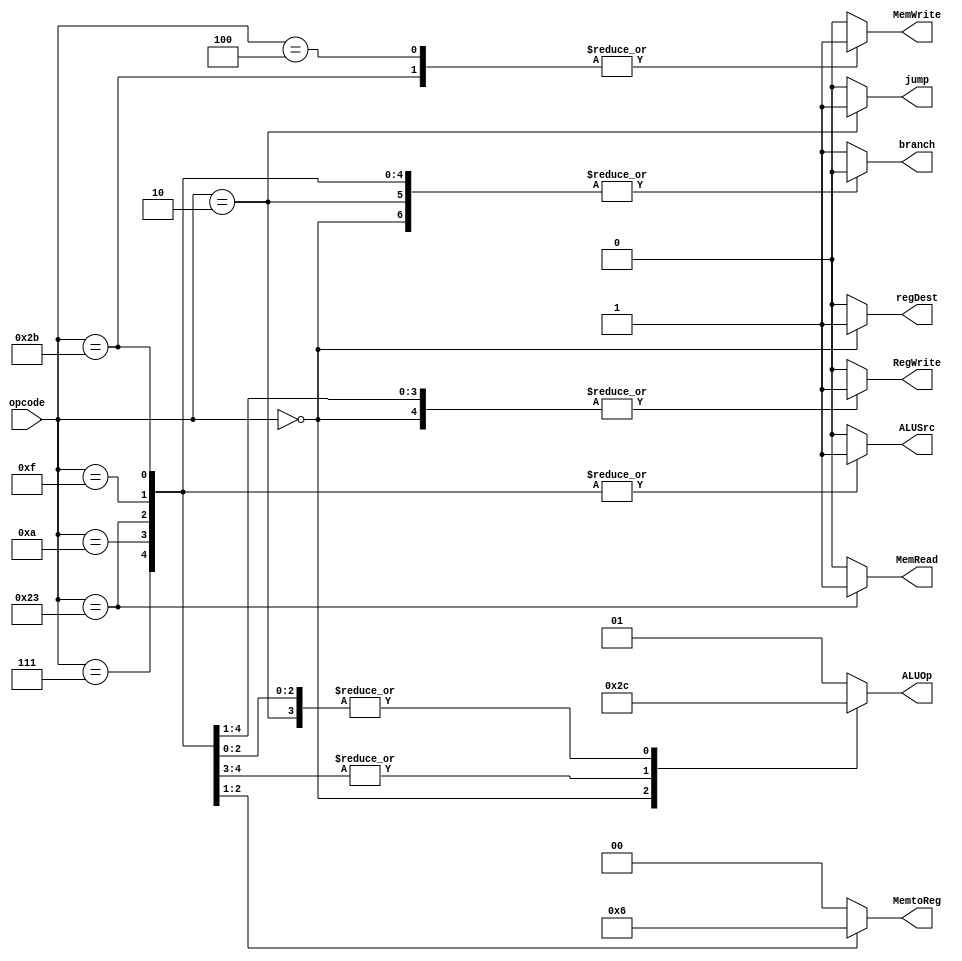
module control_sig(
	output reg regDest,
	output reg jump,
	output reg branch,
	output reg MemRead,
	output reg [1:0]MemtoReg,
	output reg MemWrite,
	output reg ALUSrc,
	output reg RegWrite,
	output reg [1:0] ALUOp,
	input [5:0]opcode
);
always@(opcode)
begin
	case(opcode)
	//rtype
	6'b0:begin
		regDest = 1; RegWrite = 1; ALUOp = 2'b10; jump=0; branch=0;
		MemRead = 0; MemtoReg = 0; MemWrite = 0;ALUSrc = 0;
	end

	//lw 35
	6'b100011:begin
		regDest = 0; RegWrite = 1; ALUOp = 2'b00; jump=0; branch=0;
		MemRead = 1; MemtoReg =1 ; MemWrite = 0;ALUSrc = 1;
	end
	//sw 43
	6'b101011:begin
		regDest = 0; RegWrite = 0; ALUOp = 2'b00; jump=0; branch=0;
		MemRead = 0; MemtoReg = 0; MemWrite = 1;ALUSrc = 1;
	end
	 //branch
	6'b000100:begin 
		regDest = 0; RegWrite = 0; ALUOp = 2'b01; jump=0; branch=1;
		MemRead = 0; MemtoReg = 0; MemWrite = 1;ALUSrc = 0;
	end
	//Jump
	6'b000010:begin 
		regDest = 0; RegWrite = 0; ALUOp = 2'b00; jump=1; branch=0;
		MemRead = 0; MemtoReg = 0; MemWrite = 0;ALUSrc = 0;
	end
	//Addi & Ori
	6'b000111:begin
		regDest = 0; RegWrite = 1; ALUOp = 2'b11; jump=0; branch=0;
		MemRead = 0; MemtoReg = 0; MemWrite = 0;ALUSrc = 1;
	end
	//slti
	6'b001010:begin
		regDest = 0; RegWrite = 1; ALUOp = 2'b11; jump=0; branch=0;
		MemRead = 0; MemtoReg = 0; MemWrite = 0;ALUSrc = 1;
	end
	//Lui
	6'b001111:begin
		regDest = 0; RegWrite = 1; ALUOp = 2'b00; jump=0; branch=0;
		MemRead = 0; MemtoReg = 2'b010; MemWrite = 0; ALUSrc = 1;
	end

default: begin
		regDest = 0; RegWrite = 0; ALUOp = 2'b01; jump=0; branch=1;
		MemRead = 0; MemtoReg = 0; MemWrite = 0;ALUSrc = 0;
	end

	endcase
end

endmodule